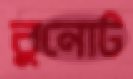
বুনোট